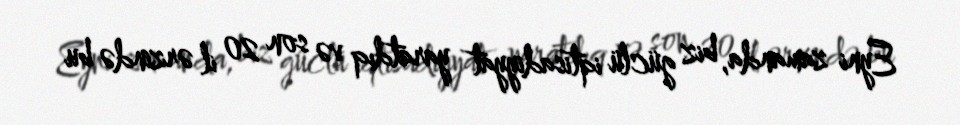
Eyni zamanda, biz güclü iqtisadiyyat yaratdıq və son 20 il ərzində bu